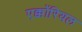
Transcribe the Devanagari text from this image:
एक्कोंरियल